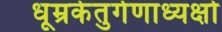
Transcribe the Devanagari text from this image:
धूम्रकेतुर्गणाध्यक्षो